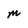
Character: M